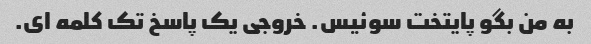
به من بگو پایتخت سوئیس. خروجی یک پاسخ تک کلمه ای.